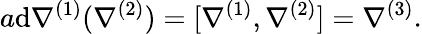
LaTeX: a\mathrm{d}\nabla^{(1)}(\nabla^{(2)})=[\nabla^{(1)},\nabla^{(2)}]=\nabla^{(3)}.